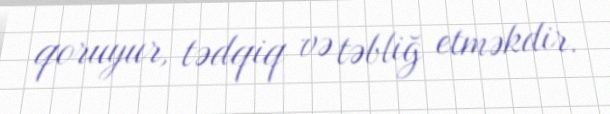
qoruyur, tədqiq və təbliğ etməkdir.